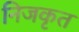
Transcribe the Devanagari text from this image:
निजकृत